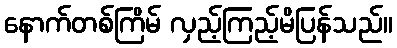
နောက်တစ်ကြိမ် လှည့်ကြည့်မိပြန်သည်။